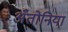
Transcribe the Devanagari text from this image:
अँतोनिया